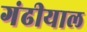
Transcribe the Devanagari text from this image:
गंढीयाल